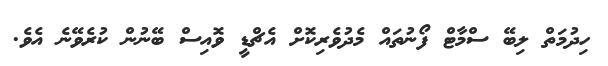
ހިދުމަތް ލިބޭ ސްމާޓް ފޯނުތައް މެދުވެރިކޮށް އެޗްޑީ ވޮއިސް ބޭނުން ކުރެވޭނެ އެވެ.